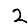
Digit: 2